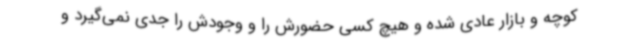
کوچه و بازار عادی شده و هیچ کسی حضورش را و وجودش را جدی نمی‌گیرد و